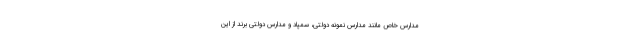
مدارس خاص مانند مدارس نمونه دولتی، سمپاد و مدارس دولتی برند از این